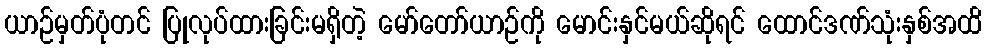
ယာဉ်မှတ်ပုံတင် ပြုလုပ်ထားခြင်းမရှိတဲ့ မော်တော်ယာဉ်ကို မောင်းနှင်မယ်ဆိုရင် ထောင်ဒဏ်သုံးနှစ်အထိ